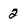
Character: 2